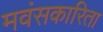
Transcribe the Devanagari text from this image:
मवंसकारिता